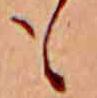
も